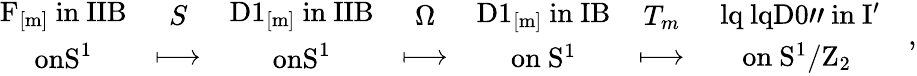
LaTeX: {\begin{array}{c}{{\mathrm{F_{[m]}~in~IIB}}}\\ {{\mathrm{onS^{1}}}}\end{array}}\quad{\begin{array}{c}{{S}}\\ {{\longmapsto}}\end{array}}\quad{\begin{array}{c}{{\mathrm{D1_{[m]}~in~IIB}}}\\ {{\mathrm{onS^{1}}}}\end{array}}\quad{\begin{array}{c}{{\Omega}}\\ {{\longmapsto}}\end{array}}\quad{\begin{array}{c}{{\mathrm{D1_{[m]}~in~IB}}}\\ {{\mathrm{on~S^{1}}}}\end{array}}\quad{\begin{array}{c}{{T_{m}}}\\ {{\longmapsto}}\end{array}}\quad{\begin{array}{c}{{\mathrm{\ lq\ lqD0"~in~I^{\prime}}}}\\ {{\mathrm{on~S^{1}/Z_{2}}}}\end{array}}\quad,